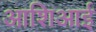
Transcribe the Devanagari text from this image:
आशिआई